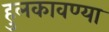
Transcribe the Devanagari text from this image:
हुलकावण्या